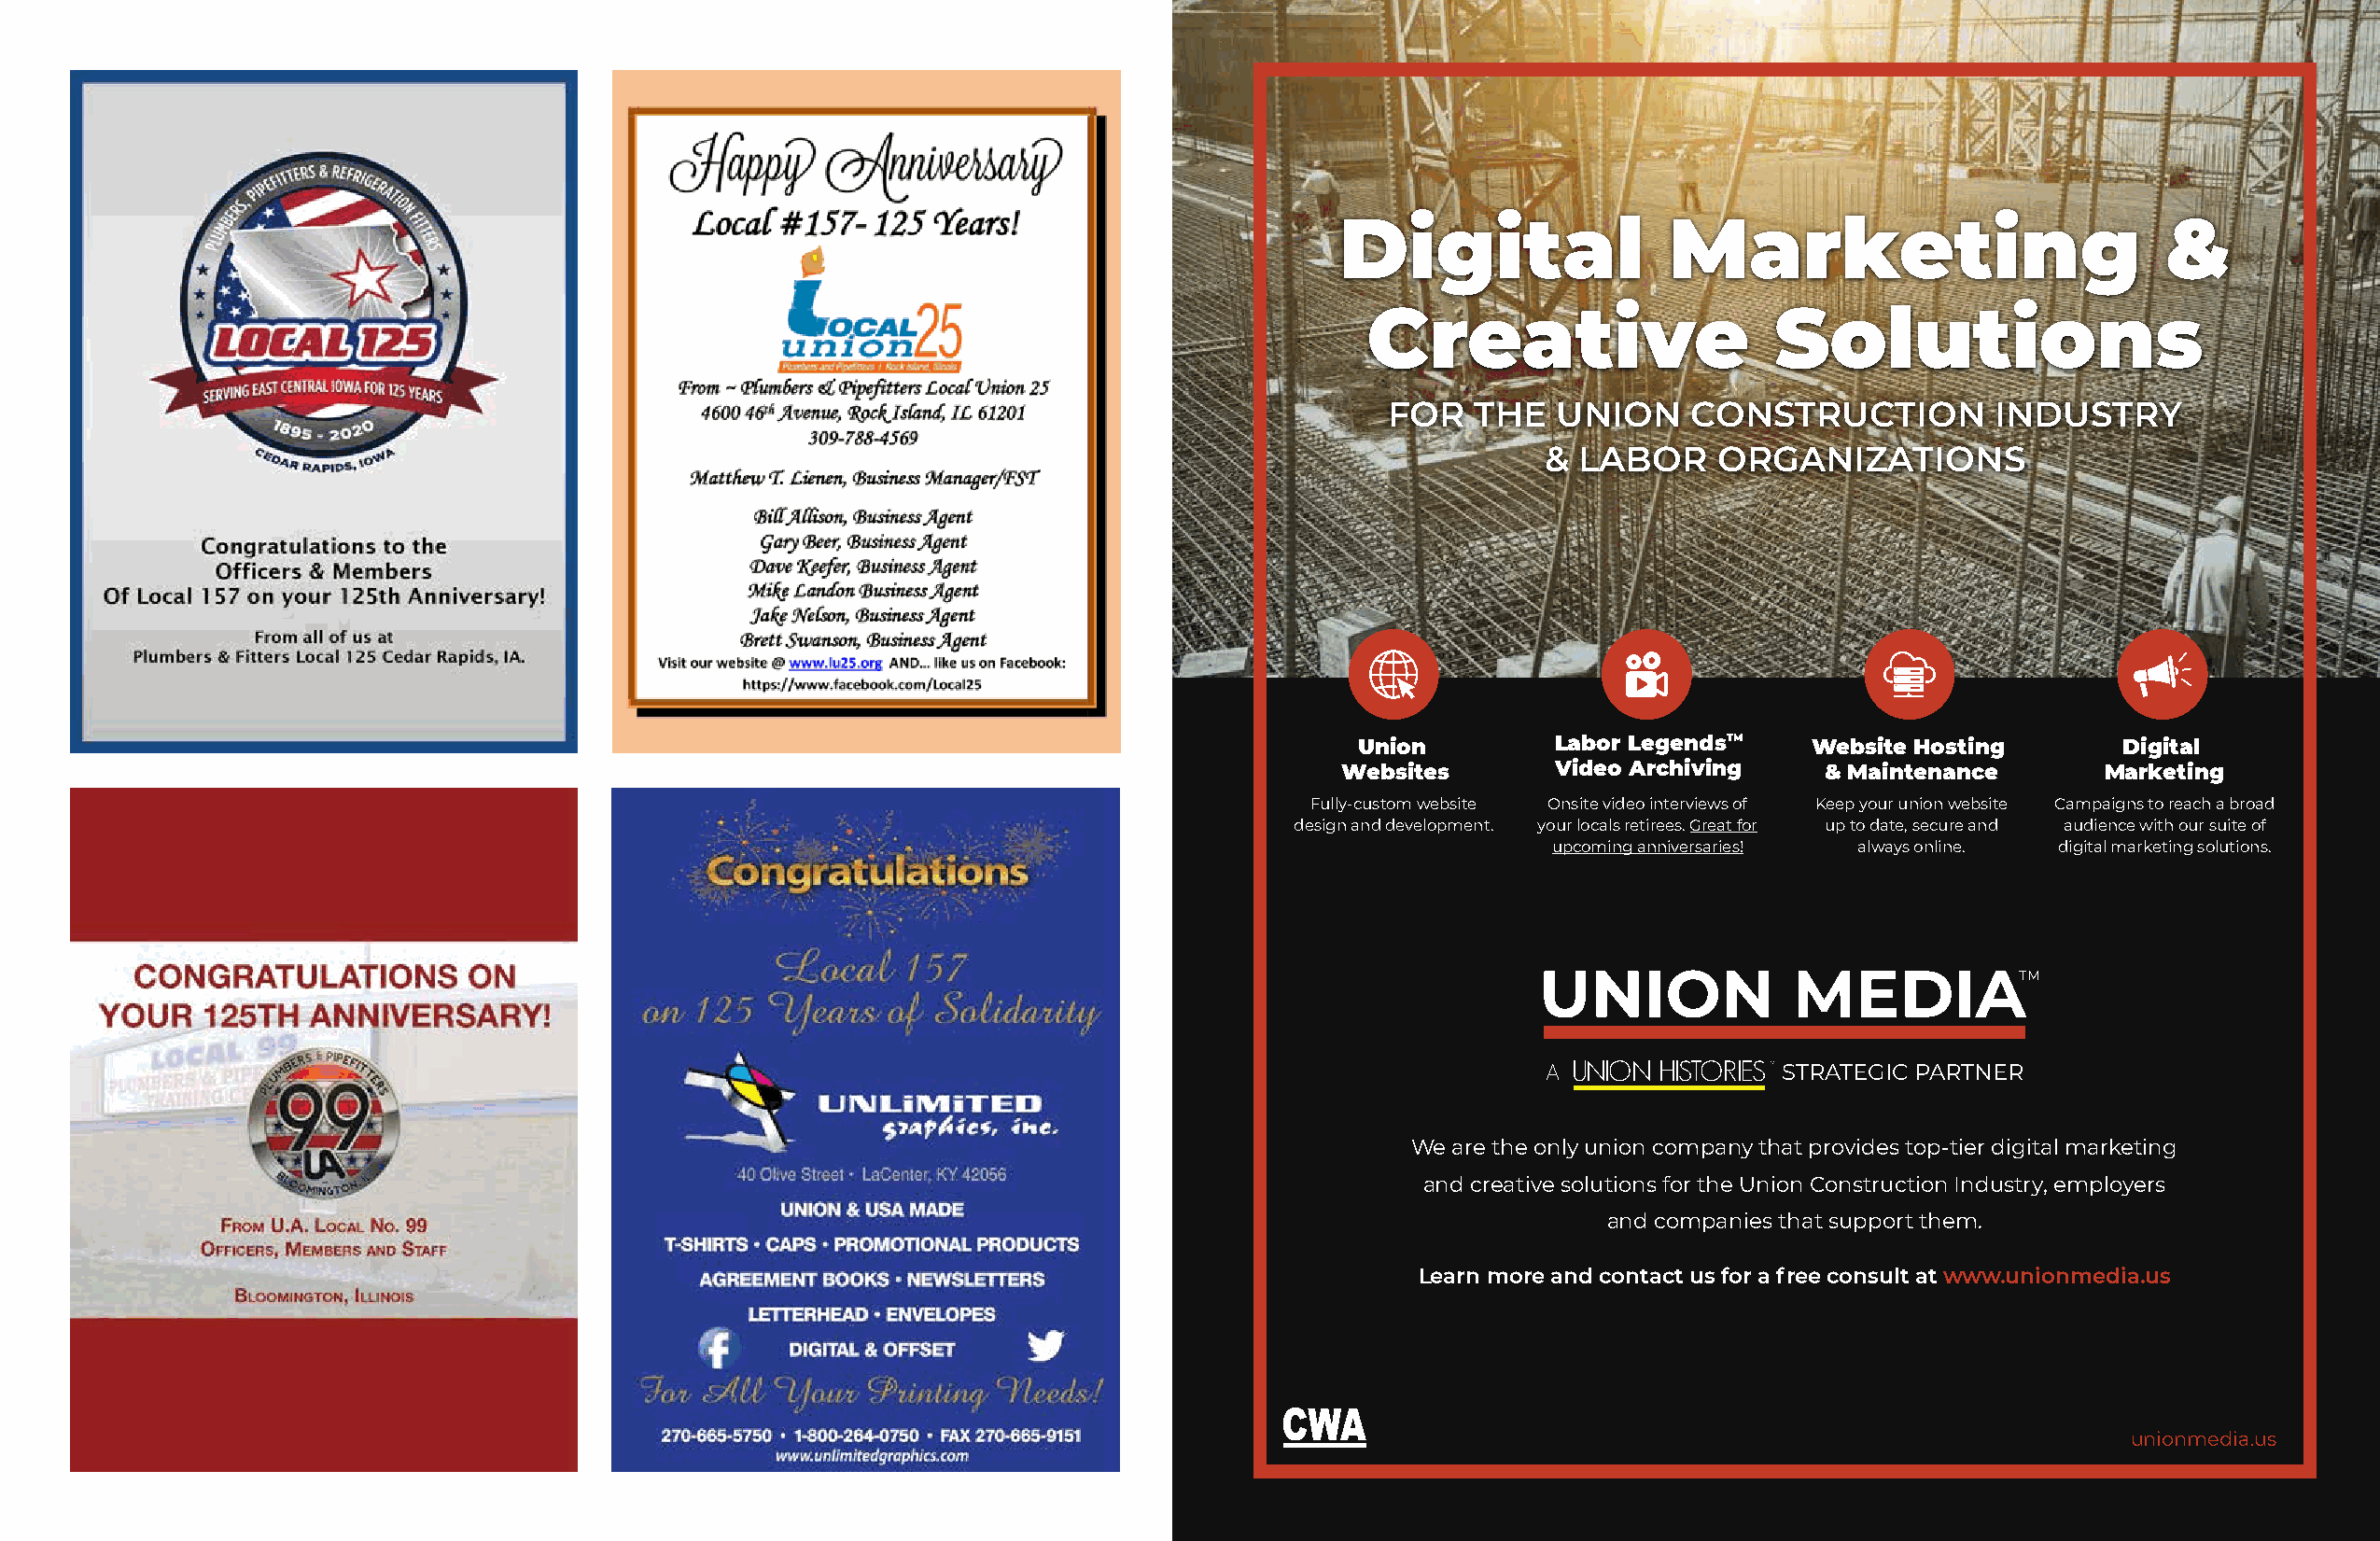
Digital                Marketing                           &
 Creative                     Solutions
 FOR    THE  UNION     CONSTRUCTION          INDUSTRY
 & LABOR     ORGANIZATIONS
 Union         Labor LegendsTM    Website Hosting       Digital
 Websites       Video Archiving    & Maintenance       Marketing
 Fully-custom website Onsite video interviews of Keep your union website Campaigns to reach a broad
 design and development. your locals retirees. Great for up to date, secure and audience with our suite of
 upcoming anniversaries! always online. digital marketing solutions.
 UNION             MEDIATM
 A UNION HISTORIES™ STRATEGIC PARTNER
 We are the only union company that provides top-tier digital marketing
 and creative solutions for the Union Construction Industry, employers
 and companies that support them.
 Learn more and contact us for a free consult at www.unionmedia.us
 unionmedia.us